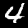
Label: 4